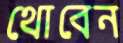
থোবেন